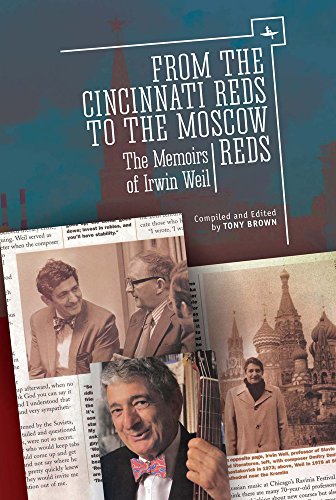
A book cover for From the Cincinnati Reds to the Moscow Reds: The Memoirs of Irwin Weil (Jews of Russia & Eastern Europe and Their Legacy); Irwin Weil; Literature & Fiction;